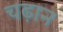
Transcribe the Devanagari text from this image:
चढ़ान